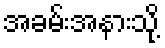
အခမ်းအနားသို့